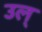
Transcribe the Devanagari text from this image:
उल्‌